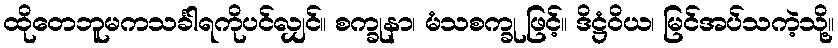
ထိုတေဘူမကသင်္ခါရကိုပင်လျှင်။ စက္ခုနာ၊ မံသစက္ခု ဖြင့်။ ဒိဋ္ဌံဝိယ၊ မြင်အပ်သကဲ့သို့။